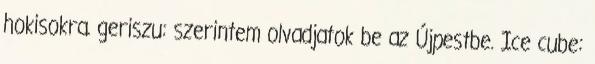
hokisokra. geriszu: szerintem olvadjatok be az Újpestbe. Ice cube: